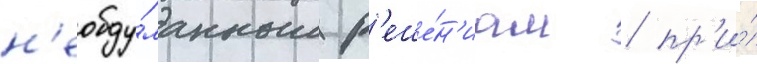
н'еобду́манным р'еше́н'иам / пр'и́